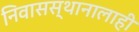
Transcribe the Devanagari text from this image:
निवासस्थानालाही